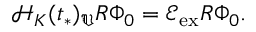
\mathcal { H } _ { K } ( t _ { * } ) _ { \mathfrak { V } } R \Phi _ { 0 } = \mathcal { E } _ { \mathrm { e x } } R \Phi _ { 0 } .